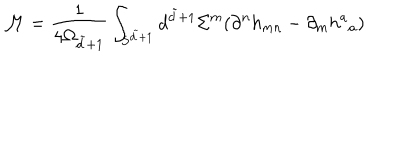
\mathcal { M } = \frac { 1 } { 4 \Omega _ { \tilde { d } + 1 } } \int _ { { \bf S } ^ { \tilde { d } + 1 } } d ^ { \tilde { d } + 1 } \Sigma ^ { m } ( \partial ^ { n } h _ { m n } - \partial _ { m } h ^ { a } { } _ { a } )